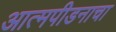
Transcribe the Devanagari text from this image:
आत्मपीडनाचा